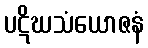
ပဋိဃသံယောဇနံ